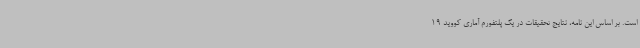
است. بر اساس این نامه، نتایج تحقیقات در یک پلتفورم آماری کووید 19